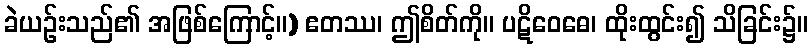
ခဲယဉ်းသည်၏ အဖြစ်ကြောင့်။) ဧတဿ၊ ဤစိတ်ကို။ ပဋိဝေဓေ၊ ထိုးထွင်း၍ သိခြင်း၌။